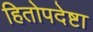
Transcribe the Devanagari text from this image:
हितोपदेष्टा